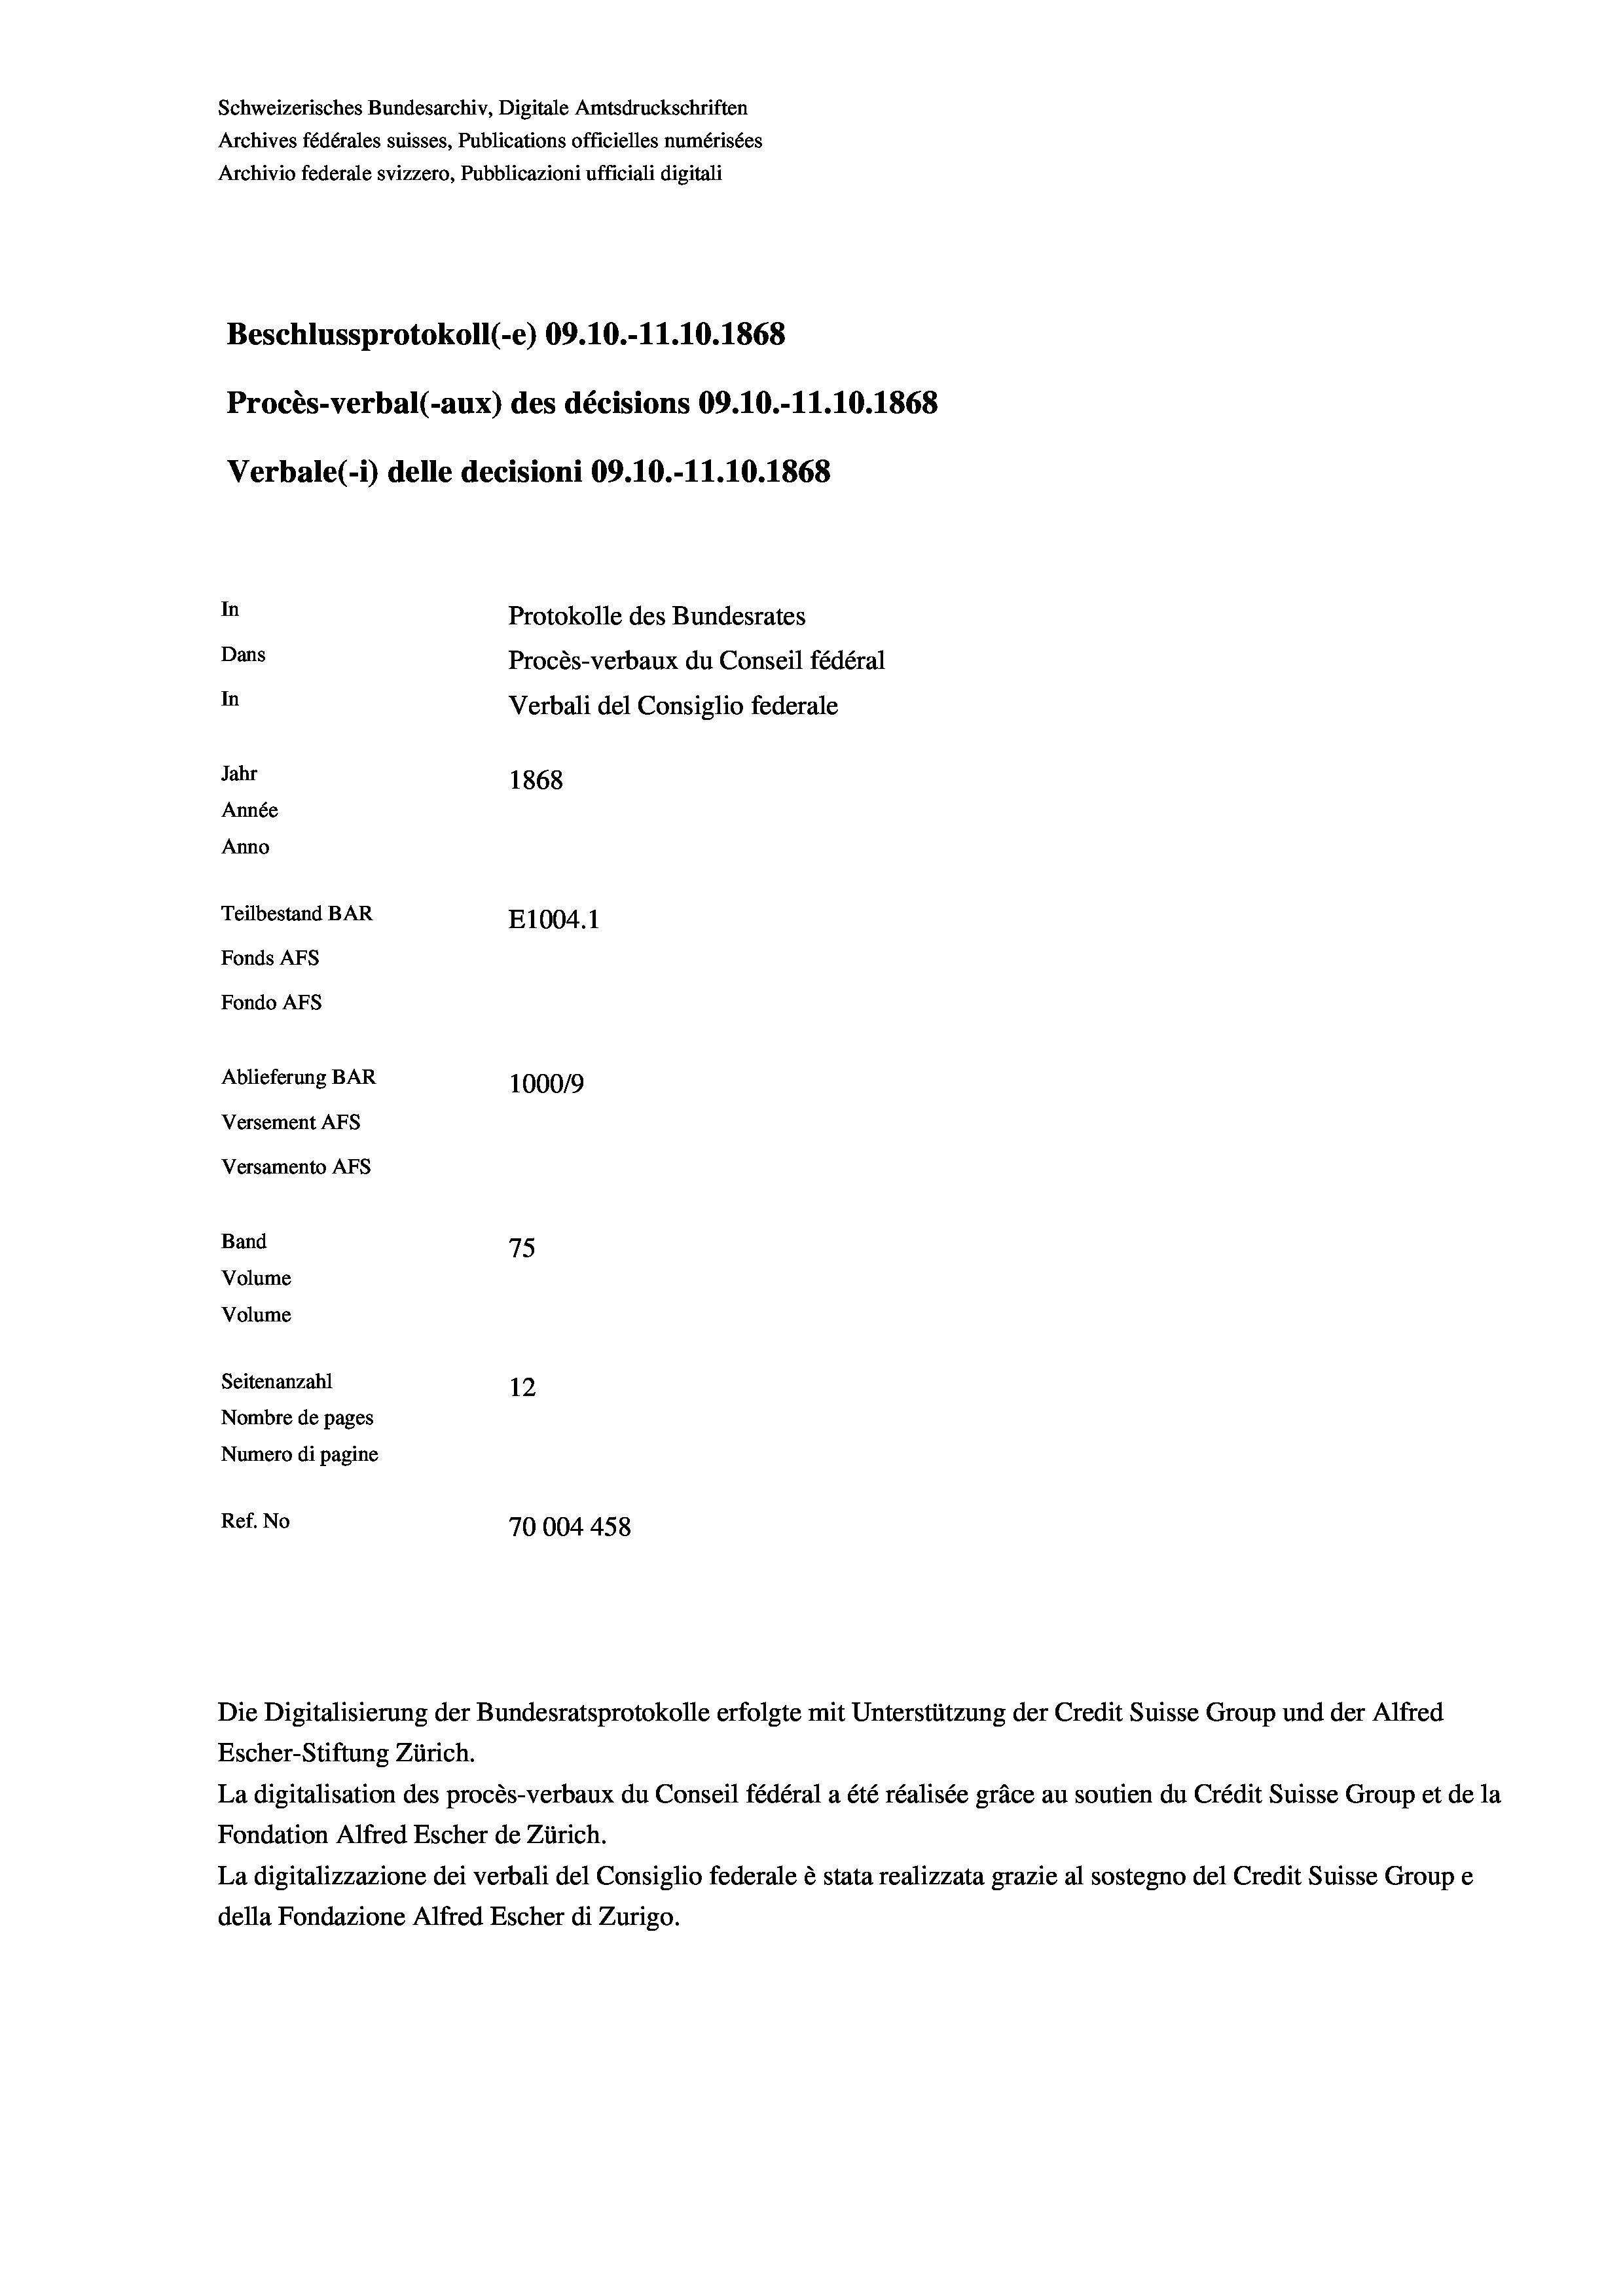
Schweizerisches Bundesarchiv, Digitale Amtsdruckschriften
Archives fédérales suisses, Publications officielles numérisées
Archivio federale svizzero, Pubblicazioni ufficiali digitali
Beschlussprotokoll (-e) 09.10.-11.10.1868
Procès-verbal (-aux) des décisions 09.10.-11.10.1868
Verbale(-*) delle decisioni 09.10.-11.10.1868
In
Protokolle des Bundesrates
Dans
Procès-verbaux du Conseil fédéral
In
Verbali del Consiglio federale
Jahr
1868
Année
Anno
Teilbestand BAR
E1004. 1
Fonds AFs
Fondo AFS
Ablieferung BAR
100019
Versement AFs
Versamento AFs

75
Seitenanzahl
12
Nombre de pages
Numero di pagine
Ref. No
70004458

Band
Volume
Volume

Die Digitalisierung der Bundesratsprotokolle erfolgte mit Unterstützung der Credit Suisse Group und der Alfred
Escher-Stiftung Zürich.
La digitalisation des procès-verbaux du Conseil fédéral a été réalisée gräce au soutien du Crédit Suisse Group et de la
Fondation Alfred Escher de Zürich.
La digitalizzazione dei verbali del Consiglio federale è stata realizzata grazie al sostegno del Credit Suisse Groupe
della Fondazione Alfred Escher di Zurigo.